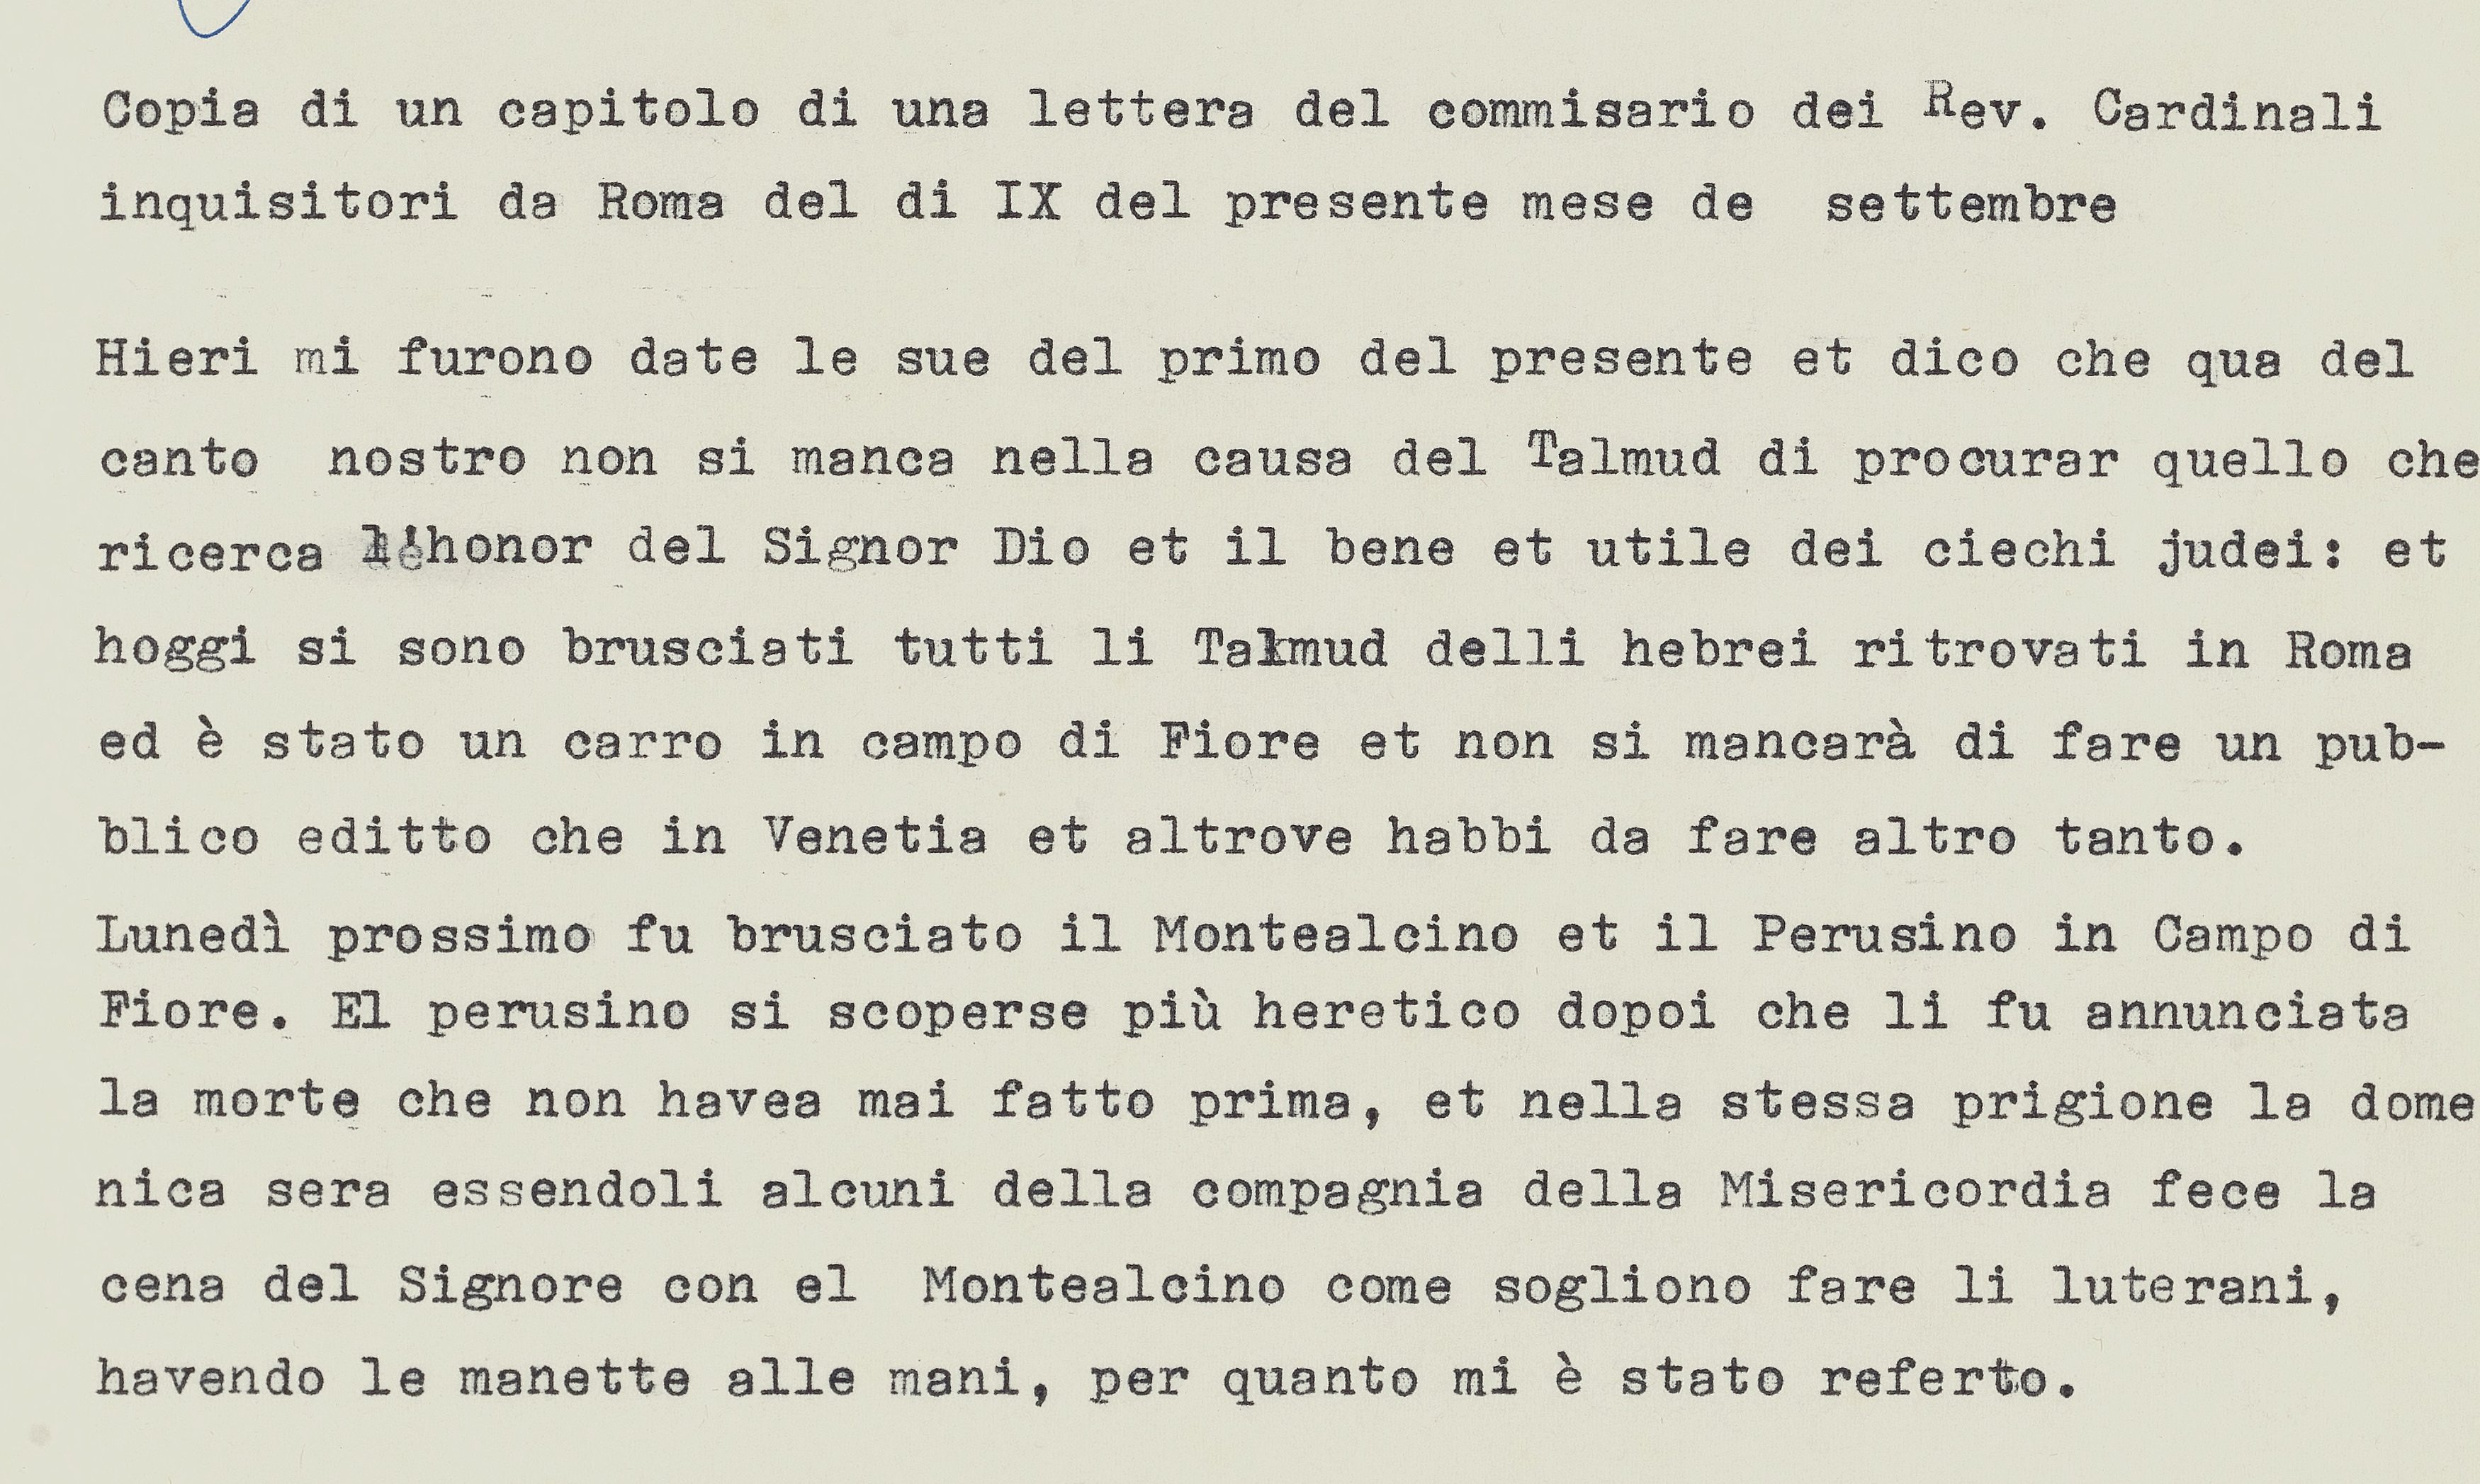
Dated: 1553–1555